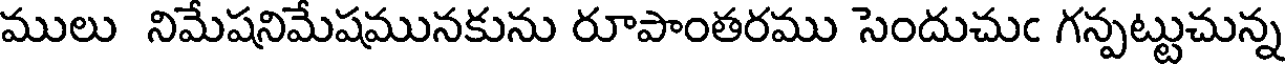
ములు నిమేషనిమేషమునకును రూపాంతరము సెందుచుఁ గన్పట్టుచున్న